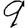
Digit: 9